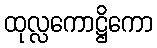
ထုလ္လကောဋ္ဌိကော